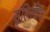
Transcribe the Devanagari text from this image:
सुहिल्देव